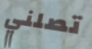
تصلني